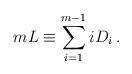
LaTeX: \begin{align*}mL \equiv \sum_{i=1}^{m-1} iD_i \, .\end{align*}